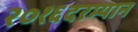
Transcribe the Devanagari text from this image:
२०१६दरम्यान